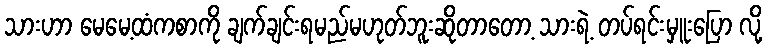
သားဟာ မေမေ့ထံကစာကို ချက်ချင်းရမည်မဟုတ်ဘူးဆိုတာတော့ သားရဲ့ တပ်ရင်းမှူးပြော လို့